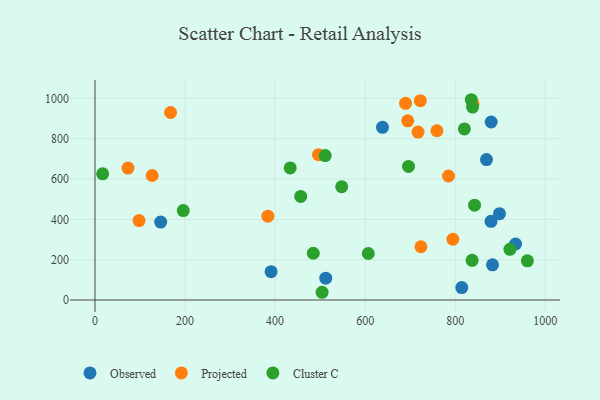
{"axis": {"x": "Speed", "y": "Rating"}, "legend": ["Cluster C", "Observed", "Projected"], "data": [{"x": "814.6", "y": 61.5, "type": "Observed"}, {"x": "145.9", "y": 386.3, "type": "Observed"}, {"x": "869.5", "y": 696.4, "type": "Observed"}, {"x": "879.9", "y": 882.6, "type": "Observed"}, {"x": "879.6", "y": 389.9, "type": "Observed"}, {"x": "391.1", "y": 140.6, "type": "Observed"}, {"x": "638.5", "y": 856.4, "type": "Observed"}, {"x": "898.4", "y": 428.0, "type": "Observed"}, {"x": "934.1", "y": 277.7, "type": "Observed"}, {"x": "512.5", "y": 108.4, "type": "Observed"}, {"x": "882.9", "y": 174.4, "type": "Observed"}, {"x": "97.9", "y": 393.9, "type": "Projected"}, {"x": "694.6", "y": 888.2, "type": "Projected"}, {"x": "759.4", "y": 839.1, "type": "Projected"}, {"x": "723.9", "y": 263.9, "type": "Projected"}, {"x": "722.6", "y": 988.5, "type": "Projected"}, {"x": "717.5", "y": 832.8, "type": "Projected"}, {"x": "689.7", "y": 975.3, "type": "Projected"}, {"x": "794.8", "y": 301.2, "type": "Projected"}, {"x": "496.3", "y": 720.5, "type": "Projected"}, {"x": "127.0", "y": 617.4, "type": "Projected"}, {"x": "167.8", "y": 929.6, "type": "Projected"}, {"x": "73.3", "y": 654.2, "type": "Projected"}, {"x": "383.9", "y": 415.4, "type": "Projected"}, {"x": "839.7", "y": 972.9, "type": "Projected"}, {"x": "785.1", "y": 614.7, "type": "Projected"}, {"x": "484.8", "y": 231.8, "type": "Cluster C"}, {"x": "820.4", "y": 848.0, "type": "Cluster C"}, {"x": "921.5", "y": 251.1, "type": "Cluster C"}, {"x": "607.0", "y": 230.6, "type": "Cluster C"}, {"x": "17.0", "y": 625.5, "type": "Cluster C"}, {"x": "843.0", "y": 470.2, "type": "Cluster C"}, {"x": "960.3", "y": 194.2, "type": "Cluster C"}, {"x": "837.6", "y": 196.7, "type": "Cluster C"}, {"x": "696.3", "y": 662.5, "type": "Cluster C"}, {"x": "433.6", "y": 654.7, "type": "Cluster C"}, {"x": "547.9", "y": 561.5, "type": "Cluster C"}, {"x": "196.1", "y": 443.5, "type": "Cluster C"}, {"x": "511.3", "y": 715.9, "type": "Cluster C"}, {"x": "838.6", "y": 956.7, "type": "Cluster C"}, {"x": "835.7", "y": 993.0, "type": "Cluster C"}, {"x": "504.4", "y": 38.3, "type": "Cluster C"}, {"x": "456.9", "y": 513.5, "type": "Cluster C"}]}